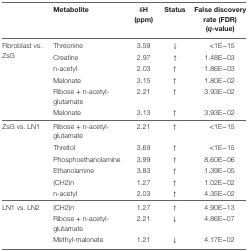
<table><thead><tr><td></td><td><b>Metabolite</b></td><td><b>δH (ppm)</b></td><td><b>Status</b></td><td><b>False discovery rate (FDR) (<i>q</i>-value)</b></td></tr></thead><tbody><tr><td rowspan="6">Fibroblast vs. ZsG</td><td>Threonine</td><td>3.59</td><td>↓</td><td>&lt;1E−15</td></tr><tr><td>Creatine</td><td>2.97</td><td>↑</td><td>1.48E−03</td></tr><tr><td>n-acetyl</td><td>2.03</td><td>↑</td><td>1.86E−03</td></tr><tr><td>Malonate</td><td>3.15</td><td>↑</td><td>1.80E−02</td></tr><tr><td>Ribose + n-acetyl-glutamate</td><td>2.21</td><td>↑</td><td>3.93E−02</td></tr><tr><td>Malonate</td><td>3.13</td><td>↑</td><td>3.93E−02</td></tr><tr><td rowspan="6">ZsG vs. LN1</td><td>Ribose + n-acetyl-glutamate</td><td>2.21</td><td>↑</td><td>&lt;1E−15</td></tr><tr><td>Threitol</td><td>3.69</td><td>↑</td><td>&lt;1E−15</td></tr><tr><td>Phosphoethanolamine</td><td>3.99</td><td>↑</td><td>8.60E−06</td></tr><tr><td>Ethanolamine</td><td>3.83</td><td>↑</td><td>1.39E−05</td></tr><tr><td>(CH2)n</td><td>1.27</td><td>↑</td><td>1.02E−02</td></tr><tr><td>n-acetyl</td><td>2.03</td><td>↑</td><td>4.35E−02</td></tr><tr><td rowspan="3">LN1 vs. LN2</td><td>(CH2)n</td><td>1.27</td><td>↑</td><td>4.90E−13</td></tr><tr><td>Ribose + n-acetyl-glutamate</td><td>2.21</td><td>↓</td><td>4.86E−07</td></tr><tr><td>Methyl-malonate</td><td>1.21</td><td>↓</td><td>4.17E−02</td></tr></tbody></table>